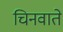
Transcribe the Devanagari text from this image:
चिनवाते